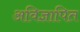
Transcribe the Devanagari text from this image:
अविज्ञापित